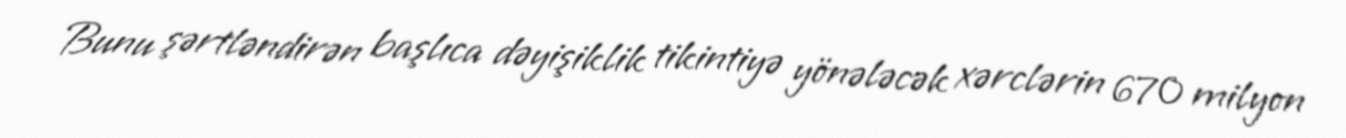
Bunu şərtləndirən başlıca dəyişiklik tikintiyə yönələcək xərclərin 670 milyon